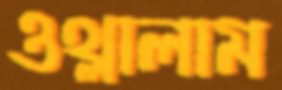
ওথ্‌লালাম